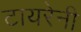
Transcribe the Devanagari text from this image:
टायरेनी